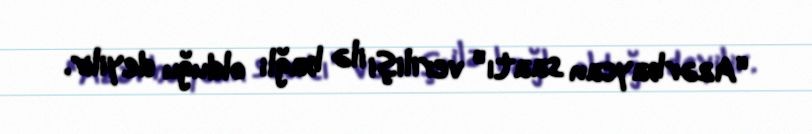
“Azərbaycan saatı” verilişi ilə bağlı olduğu deyilir.